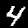
Label: 4